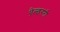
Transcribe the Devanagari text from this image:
ऐल्डरनी